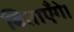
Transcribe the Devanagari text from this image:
बिताएँगे।